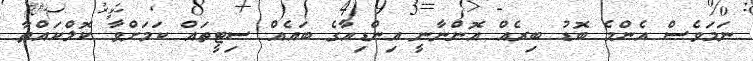
ނަމަވެސް އެންމެ ބޮޑު ބިރެއް އޮންނާނީ އިންޑިއާގެ ބައެއް ސިޓީތައް ކަމަށްވާ ކޮލްކައްތާ